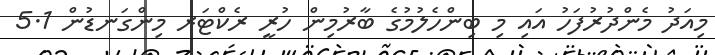
މިއަދު މެންދުރުފަހު އައި މި ބިންހެލުމުގެ ބާރުމިން ހުރީ ރެކްޓަރ މިންގަނޑުން 5.1